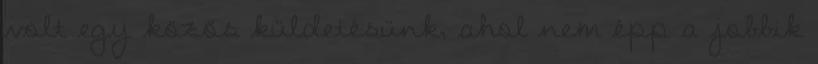
volt egy közös küldetésünk, ahol nem épp a jobbik